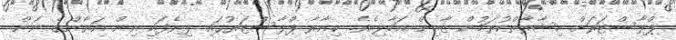
ޕްލާސްޓަރަށް އިޝާރާތްކުރަމުން ޒާއިން އަހާލިއެވެ. ކިއާރާ ޕްލާސްޓަރުގައި ލިޔެފައި އިން އަޔާންގެ ނަން